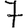
Digit: 7